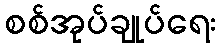
စစ်အုပ်ချုပ်ရေး